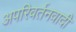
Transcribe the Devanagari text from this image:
अपरिवर्तनवादी